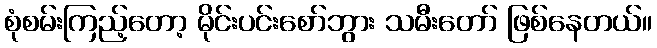
စုံစမ်းကြည့်တော့ မိုင်းပင်းစော်ဘွား သမီးတော် ဖြစ်နေတယ်။